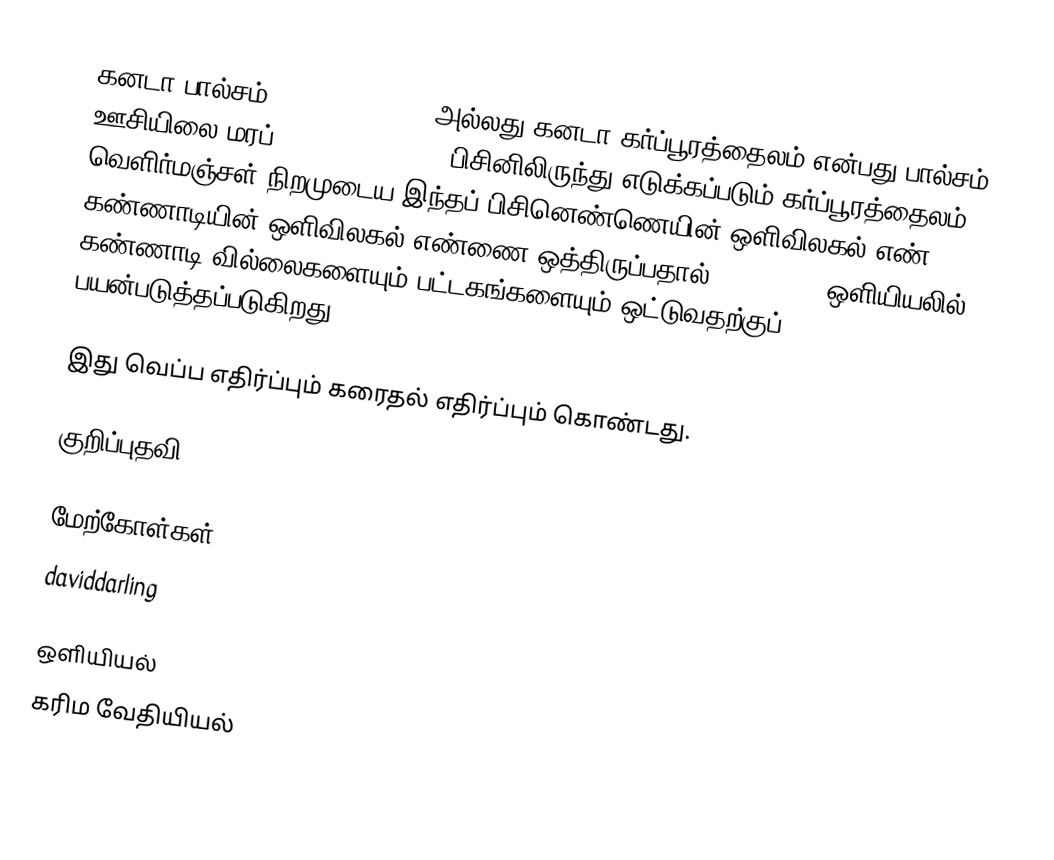
கனடா பால்சம் (Canada balsam) அல்லது கனடா கர்ப்பூரத்தைலம் என்பது பால்சம் ஊசியிலை மரப் (Abies balsamea) பிசினிலிருந்து எடுக்கப்படும் கர்ப்பூரத்தைலம். வெளிர்மஞ்சள் நிறமுடைய இந்தப் பிசினெண்ணெயின் ஒளிவிலகல் எண் கண்ணாடியின் ஒளிவிலகல் எண்ணை ஒத்திருப்பதால் (n = 1.55) ஒளியியலில் கண்ணாடி வில்லைகளையும் பட்டகங்களையும் ஒட்டுவதற்குப் பயன்படுத்தப்படுகிறது.

இது வெப்ப எதிர்ப்பும் கரைதல் எதிர்ப்பும் கொண்டது.

குறிப்புதவி

மேற்கோள்கள்
 daviddarling

ஒளியியல்
கரிம வேதியியல்